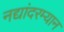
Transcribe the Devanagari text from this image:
नद्यांदरम्यान